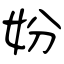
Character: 妢